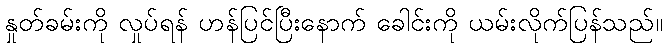
နှုတ်ခမ်းကို လှုပ်ရန် ဟန်ပြင်ပြီးနောက် ခေါင်းကို ယမ်းလိုက်ပြန်သည်။